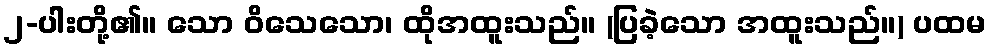
၂-ပါးတို့၏။ သော ဝိသေသော၊ ထိုအထူးသည်။ (ပြခဲ့သော အထူးသည်။) ပထမ